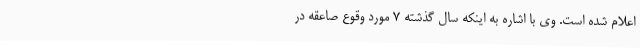
اعلام شده است. وی با اشاره به اینکه سال گذشته 7 مورد وقوع صاعقه در